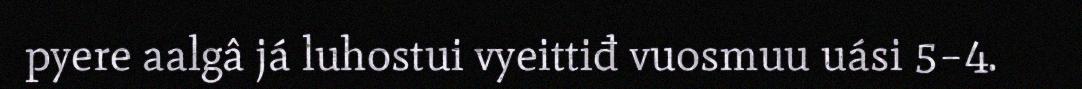
pyere aalgâ já luhostui vyeittiđ vuosmuu uási 5–4.